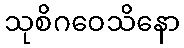
သုစိဂဝေသိနော